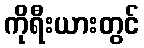
ကိုရီးယားတွင်